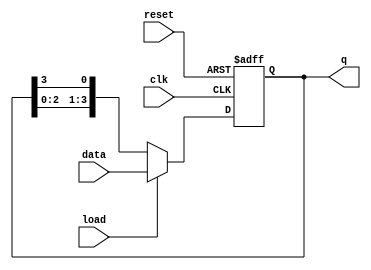
module LoadableRingCounter #(
    parameter N = 4  // Define the width of the counter
)(
    input wire clk,               // Clock signal
    input wire reset,             // Asynchronous reset
    input wire load,              // Load control signal
    input wire [N-1:0] data,      // Input data bus for loading
    output reg [N-1:0] q          // Output representing the current state
);

    // Internal signal to hold the next state
    reg [N-1:0] next_state;

    always @(posedge clk or posedge reset) begin
        if (reset) begin
            // On reset, initialize to a default state (e.g., 0001)
            q <= 1'b1; // Set the least significant bit to '1'
        end else if (load) begin
            // Load the data into the counter
            q <= data;
        end else begin
            // Shift the '1' in a circular manner
            next_state = {q[N-2:0], q[N-1]}; // Shift left
            q <= next_state;
        end
    end

endmodule